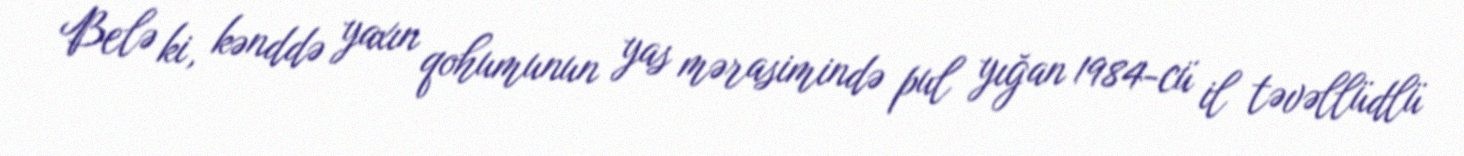
Belə ki, kənddə yaxın qohumunun yas mərasimində pul yığan 1984-cü il təvəllüdlü